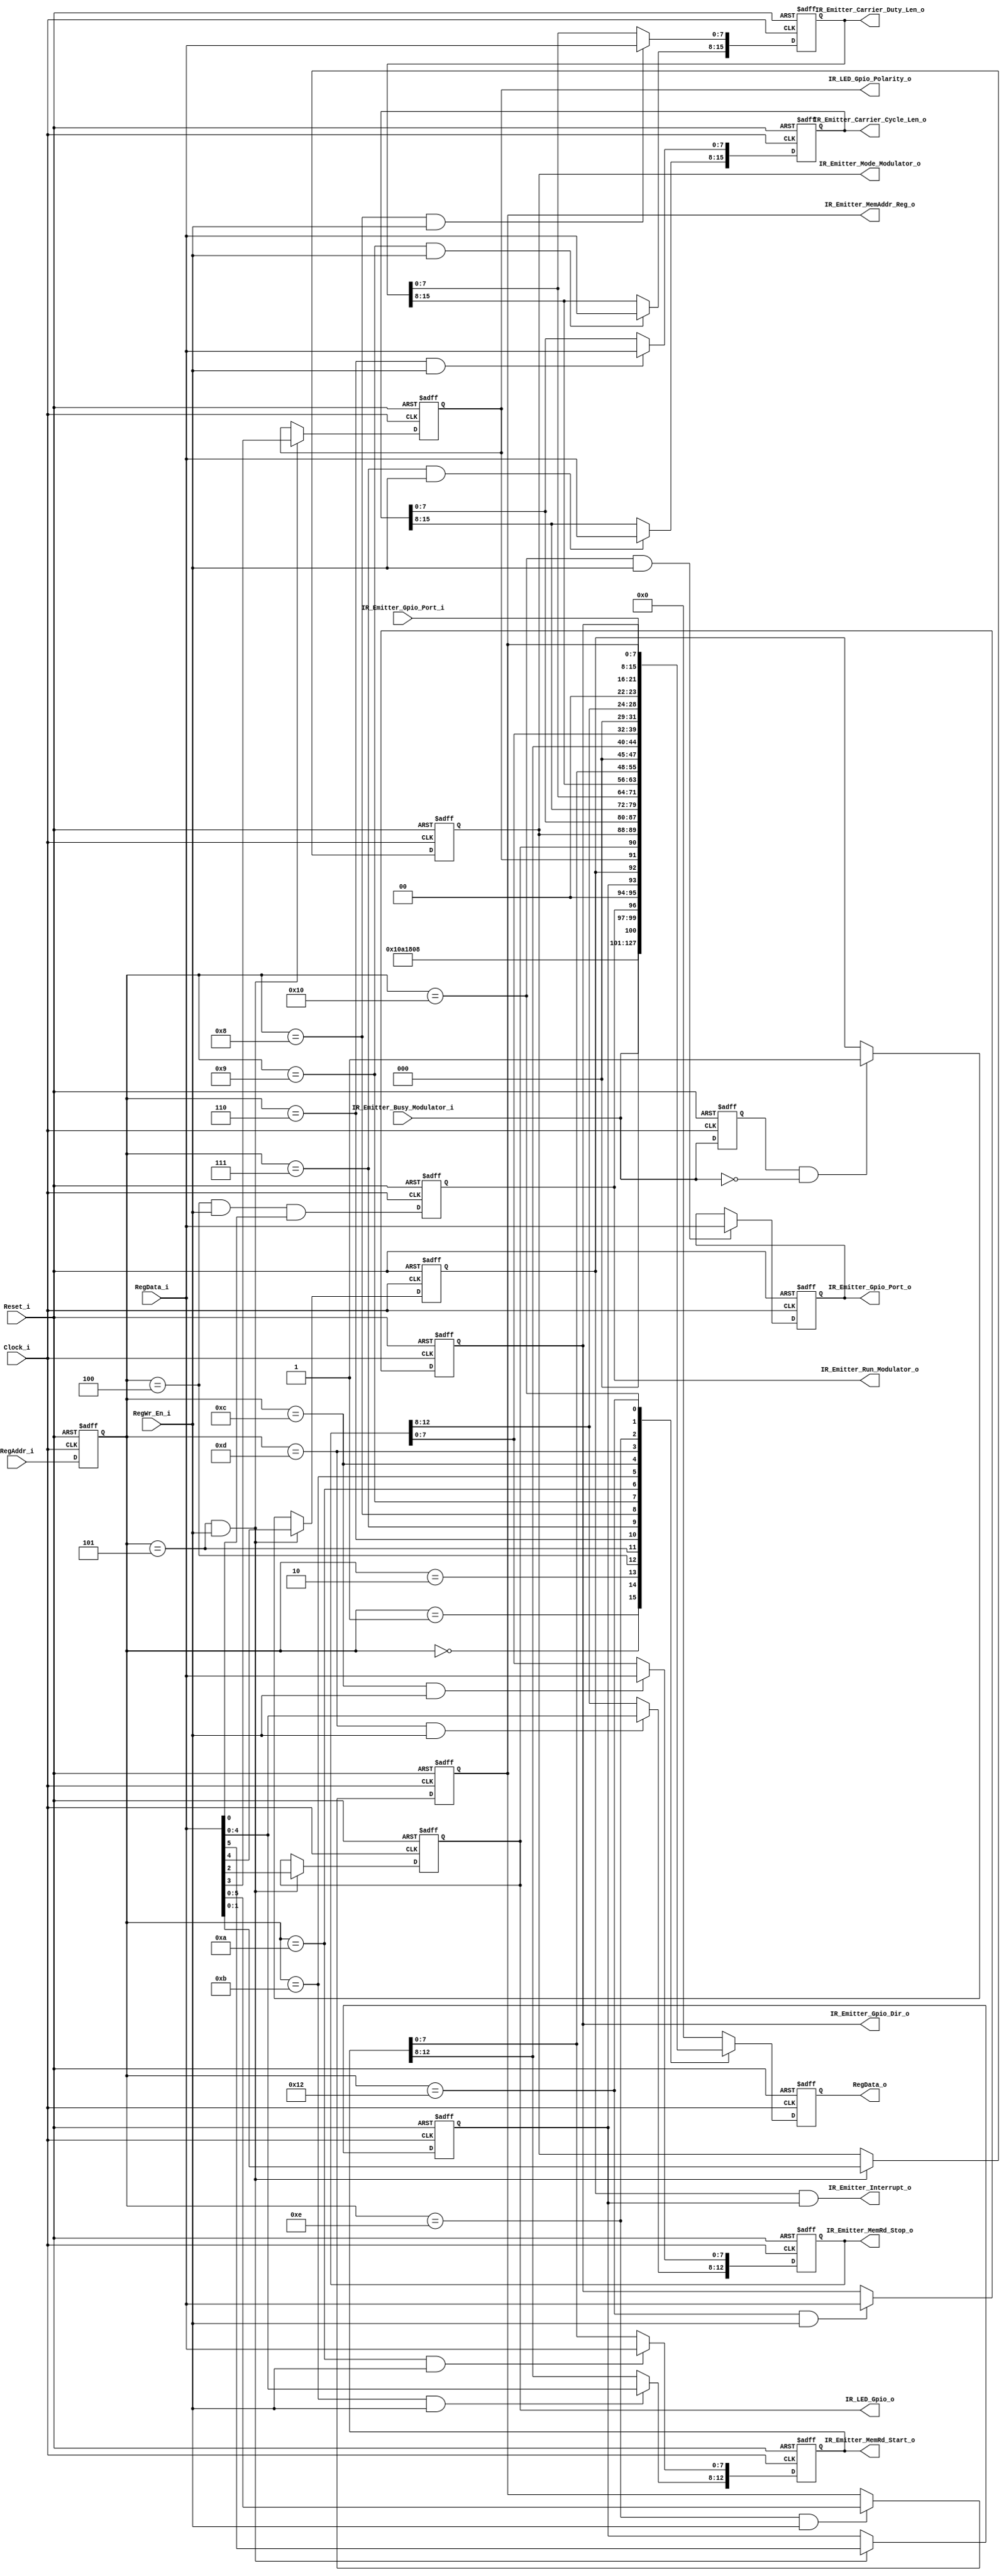
// -----------------------------------------------------------------------------
// title          : IR Emitter Register Module
// project        : IR Hub
// -----------------------------------------------------------------------------
// company        : QuickLogic Corp
// last update    : 2014/02/04
// platform       : PolarPro III
// standard       : Verilog 2001
// -----------------------------------------------------------------------------
// description: The IR Hub provides a way to control an external IR LED to act
//              as an IR TV remote, and as a way to transfer Bar Code
//              information to a Point-Of-Sale termainal.
//
//              This modules provide the registers used to the control the IP.
// -----------------------------------------------------------------------------
// copyright (c) 2014
// -----------------------------------------------------------------------------
// revisions  :
// date            version    author         description
// 2014/02/04      1.0        Glen Gomes     created
// -----------------------------------------------------------------------------
// Comments: This solution is specifically for use with the QuickLogic
//           PolarPro III device.
// -----------------------------------------------------------------------------

`timescale 1ns/10ps

module IR_Emitter_Registers (

                Clock_i,
                Reset_i,

                IR_Emitter_Busy_Modulator_i,

                IR_Emitter_Gpio_Port_i,

		        RegAddr_i,
		        RegData_i,
		        RegWr_En_i,

		        RegData_o,

                IR_Emitter_Run_Modulator_o,
		        IR_Emitter_Mode_Modulator_o,

                IR_Emitter_Carrier_Cycle_Len_o,
                IR_Emitter_Carrier_Duty_Len_o,

		        IR_Emitter_MemRd_Start_o,
		        IR_Emitter_MemRd_Stop_o,

                IR_Emitter_MemAddr_Reg_o,

                IR_LED_Gpio_Polarity_o,
		        IR_LED_Gpio_o,

                IR_Emitter_Gpio_Port_o,
                IR_Emitter_Gpio_Dir_o,

				IR_Emitter_Interrupt_o

                );


//-----Port Parameters-----------------
//

parameter       CARRIER_CYCLE_BITS  = 16;
parameter       CARRIER_DUTY_BITS   = 16;
parameter       HOST_ADR_IN_BITS    =  8;
parameter       HOST_DATA_IN_BITS   =  8;
parameter       HOST_DATA_OUT_BITS  =  8;
parameter       MEM_BLOCK_ADR_BITS  = 10;
parameter       MEM_ADR_BUS_BITS    = 13;
parameter       GPIO_PORT_BITS      =  8;
parameter       GPIO_PORT_VALUE     = 8'h0;
parameter       GPIO_DIR_VALUE      = 8'hFF;
parameter       DEVICE_ID_NUM_L     = 8'h21;
parameter       DEVICE_ID_NUM_H     = 8'h43;
parameter       DEVICE_REV_NUM_L    = 8'h01;
parameter       DEVICE_REV_NUM_H    = 8'h00;

//-----Port Signals--------------------
//

input                            Clock_i;
input                            Reset_i;

input                            IR_Emitter_Busy_Modulator_i;    // IR Emitter Statemachine is busy generating IR waveforms

input       [GPIO_PORT_BITS-1:0] IR_Emitter_Gpio_Port_i;

input     [HOST_ADR_IN_BITS-1:0] RegAddr_i;
input    [HOST_DATA_IN_BITS-1:0] RegData_i;
input                            RegWr_En_i;

output  [HOST_DATA_OUT_BITS-1:0] RegData_o;

output                           IR_Emitter_Run_Modulator_o;     // IR Emitter Statemachine Run Command
output                     [1:0] IR_Emitter_Mode_Modulator_o;    // IR Emitter Statemachine Operating Mode

output  [CARRIER_CYCLE_BITS-1:0] IR_Emitter_Carrier_Cycle_Len_o; // Carrier Generator Cycle Length
output  [ CARRIER_DUTY_BITS-1:0] IR_Emitter_Carrier_Duty_Len_o;  // Carrier Duty      Cycle Length

output    [MEM_ADR_BUS_BITS-1:0] IR_Emitter_MemRd_Start_o;
output    [MEM_ADR_BUS_BITS-1:0] IR_Emitter_MemRd_Stop_o;

output    [MEM_ADR_BUS_BITS-
		   HOST_ADR_IN_BITS  :0] IR_Emitter_MemAddr_Reg_o;

output                           IR_LED_Gpio_Polarity_o;
output                           IR_LED_Gpio_o;                  // IR LED Controlled via "General Purpose I/O"

output      [GPIO_PORT_BITS-1:0] IR_Emitter_Gpio_Port_o;
output      [GPIO_PORT_BITS-1:0] IR_Emitter_Gpio_Dir_o;

output                           IR_Emitter_Interrupt_o;


wire                             Clock_i;
wire                             Reset_i;

wire                             IR_Emitter_Busy_Modulator_i;    // IR Emitter Statemachine is busy generating IR waveforms

wire      [HOST_ADR_IN_BITS-1:0] RegAddr_i;
wire     [HOST_DATA_IN_BITS-1:0] RegData_i;
wire                             RegWr_En_i;

reg     [HOST_DATA_OUT_BITS-1:0] RegData_o;

reg                              IR_Emitter_Run_Modulator_o;     // IR Emitter Statemachine Run Command
reg                        [1:0] IR_Emitter_Mode_Modulator_o;    // IR Emitter Statemachine Operating Mode

reg     [CARRIER_CYCLE_BITS-1:0] IR_Emitter_Carrier_Cycle_Len_o; // Carrier Generator Cycle Length
reg     [ CARRIER_DUTY_BITS-1:0] IR_Emitter_Carrier_Duty_Len_o;  // Carrier Duty      Cycle Length

reg       [MEM_ADR_BUS_BITS-1:0] IR_Emitter_MemRd_Start_o;
reg       [MEM_ADR_BUS_BITS-1:0] IR_Emitter_MemRd_Stop_o;

reg       [MEM_ADR_BUS_BITS-
		   HOST_ADR_IN_BITS  :0] IR_Emitter_MemAddr_Reg_o;

reg                              IR_LED_Gpio_Polarity_o;
reg                              IR_LED_Gpio_o;                  // IR LED Controlled via "General Purpose I/O"

reg         [GPIO_PORT_BITS-1:0] IR_Emitter_Gpio_Port_o;
reg         [GPIO_PORT_BITS-1:0] IR_Emitter_Gpio_Dir_o;

wire                             IR_Emitter_Interrupt_o;


//------Internal Signals-------------------
//

reg       [HOST_ADR_IN_BITS-1:0] RegAddr_i_1ff;

reg     [HOST_DATA_OUT_BITS-1:0] RegData_o_comb;

wire                             command_reg_we_dcd;
wire                             control_reg_we_dcd;

wire                             IR_Emitter_Carrier_Cycle_Len_L_we_dcd;
wire                             IR_Emitter_Carrier_Cycle_Len_H_we_dcd;

wire                             IR_Emitter_Carrier_Duty_Len_L_we_dcd;
wire                             IR_Emitter_Carrier_Duty_Len_H_we_dcd;

wire                             IR_Emitter_MemRd_Start_L_we_dcd;
wire                             IR_Emitter_MemRd_Start_H_we_dcd;

wire                             IR_Emitter_MemRd_Stop_L_we_dcd;
wire                             IR_Emitter_MemRd_Stop_H_we_dcd;

wire                             IR_Emitter_MemAddr_Reg_L_we_dcd;

wire                             IR_Emitter_Gpio_Port_Reg_L_we_dcd;

wire                             IR_Emitter_Gpio_Dir_Reg_L_we_dcd;

reg                              IR_Emitter_Busy_Modulator_i_1ff;

reg                              IR_Emitter_Interrupt;
reg                              IR_Emitter_Interrupt_Enable;


//------Define Parameters------------------
//

// Define the available registers
//
parameter DEVICE_ID_ADR_L                     = 8'h00;  // Read only value
parameter DEVICE_ID_ADR_H                     = 8'h01;  // Read only value

parameter DEVICE_REVISION_ADR_L               = 8'h02;  // Read only value
parameter DEVICE_REVISION_ADR_H               = 8'h03;  // Read only value

parameter IR_EMITTER_COMMAND_REG_ADR          = 8'h04;
parameter IR_EMITTER_CONTROL_REG_ADR          = 8'h05;

parameter IR_EMITTER_CARRIER_CYCLE_LEN_ADR_L  = 8'h06;
parameter IR_EMITTER_CARRIER_CYCLE_LEN_ADR_H  = 8'h07;

parameter IR_EMITTER_CARRIER_DUTY_LEN_ADR_L   = 8'h08;
parameter IR_EMITTER_CARRIER_DUTY_LEN_ADR_H   = 8'h09; 

parameter IR_EMITTER_MEM_READ_START_ADR_L     = 8'h0a;
parameter IR_EMITTER_MEM_READ_START_ADR_H     = 8'h0b;

parameter IR_EMITTER_MEM_READ_STOP_ADR_L      = 8'h0c;
parameter IR_EMITTER_MEM_READ_STOP_ADR_H      = 8'h0d;

parameter IR_EMITTER_MEM_ADDR_REG_ADR_L       = 8'h0e;
parameter IR_EMITTER_MEM_ADDR_REG_ADR_H       = 8'h0f;  // Currently not used

parameter IR_EMITTER_GPIO_PORT_REG_ADR_L      = 8'h10;
parameter IR_EMITTER_GPIO_PORT_REG_ADR_H      = 8'h11;  // Currently not used

parameter IR_EMITTER_GPIO_DIR_REG_ADR_L       = 8'h12;
parameter IR_EMITTER_GPIO_DIR_REG_ADR_H       = 8'h13;  // Currently not used


//------Logic Operations-------------------
//

// Define the Interrupt output
//
// Note: The interrupt state can be read regardless of if the output is enabled.
//
//       The interrupt is "high" true and there is no polarity bit for changing it.
//
assign IR_Emitter_Interrupt_o                 = IR_Emitter_Interrupt & IR_Emitter_Interrupt_Enable;


// Define the register write enables.
//
assign command_reg_we_dcd                     = (RegAddr_i_1ff == IR_EMITTER_COMMAND_REG_ADR)         & RegWr_En_i;
assign control_reg_we_dcd                     = (RegAddr_i_1ff == IR_EMITTER_CONTROL_REG_ADR)         & RegWr_En_i;

assign IR_Emitter_Carrier_Cycle_Len_L_we_dcd  = (RegAddr_i_1ff == IR_EMITTER_CARRIER_CYCLE_LEN_ADR_L) & RegWr_En_i;
assign IR_Emitter_Carrier_Cycle_Len_H_we_dcd  = (RegAddr_i_1ff == IR_EMITTER_CARRIER_CYCLE_LEN_ADR_H) & RegWr_En_i;

assign IR_Emitter_Carrier_Duty_Len_L_we_dcd   = (RegAddr_i_1ff == IR_EMITTER_CARRIER_DUTY_LEN_ADR_L)  & RegWr_En_i;
assign IR_Emitter_Carrier_Duty_Len_H_we_dcd   = (RegAddr_i_1ff == IR_EMITTER_CARRIER_DUTY_LEN_ADR_H)  & RegWr_En_i;

assign IR_Emitter_MemRd_Start_L_we_dcd        = (RegAddr_i_1ff == IR_EMITTER_MEM_READ_START_ADR_L)    & RegWr_En_i;
assign IR_Emitter_MemRd_Start_H_we_dcd        = (RegAddr_i_1ff == IR_EMITTER_MEM_READ_START_ADR_H)    & RegWr_En_i;

assign IR_Emitter_MemRd_Stop_L_we_dcd         = (RegAddr_i_1ff == IR_EMITTER_MEM_READ_STOP_ADR_L)     & RegWr_En_i;
assign IR_Emitter_MemRd_Stop_H_we_dcd         = (RegAddr_i_1ff == IR_EMITTER_MEM_READ_STOP_ADR_H)     & RegWr_En_i;

assign IR_Emitter_MemAddr_Reg_L_we_dcd        = (RegAddr_i_1ff == IR_EMITTER_MEM_ADDR_REG_ADR_L)      & RegWr_En_i;

assign IR_Emitter_Gpio_Port_Reg_L_we_dcd      = (RegAddr_i_1ff == IR_EMITTER_GPIO_PORT_REG_ADR_L)     & RegWr_En_i;
assign IR_Emitter_Gpio_Dir_Reg_L_we_dcd       = (RegAddr_i_1ff == IR_EMITTER_GPIO_DIR_REG_ADR_L)      & RegWr_En_i;


// Define the register read-back logic
//
always @(
        IR_Emitter_Run_Modulator_o      or
        IR_Emitter_Mode_Modulator_o     or
        IR_Emitter_Busy_Modulator_i     or
		IR_LED_Gpio_Polarity_o          or
		IR_LED_Gpio_o                   or
        IR_Emitter_Carrier_Cycle_Len_o  or
        IR_Emitter_Carrier_Duty_Len_o   or
        IR_Emitter_MemRd_Start_o        or
        IR_Emitter_MemRd_Stop_o         or
        IR_Emitter_MemAddr_Reg_o        or
        IR_Emitter_Gpio_Port_i          or
        IR_Emitter_Gpio_Dir_o           or
        IR_Emitter_Interrupt            or
        IR_Emitter_Interrupt_Enable     or
		RegAddr_i_1ff                   or
		RegData_o_comb
        )
begin
    case(RegAddr_i_1ff)
    DEVICE_ID_ADR_L:                    RegData_o_comb <=  DEVICE_ID_NUM_L;
    DEVICE_ID_ADR_H:                    RegData_o_comb <=  DEVICE_ID_NUM_H;

    DEVICE_REVISION_ADR_L:              RegData_o_comb <=  DEVICE_REV_NUM_L;
    DEVICE_REVISION_ADR_H:              RegData_o_comb <=  DEVICE_REV_NUM_H;

    IR_EMITTER_COMMAND_REG_ADR:         RegData_o_comb <= {3'h0, IR_Emitter_Busy_Modulator_i, 3'h0, IR_Emitter_Run_Modulator_o};
    IR_EMITTER_CONTROL_REG_ADR:         RegData_o_comb <= {2'h0, IR_Emitter_Interrupt_Enable, 
			                                                     IR_Emitter_Interrupt, 
																 IR_LED_Gpio_Polarity_o, 
																 IR_LED_Gpio_o, 
																 IR_Emitter_Mode_Modulator_o};

    IR_EMITTER_CARRIER_CYCLE_LEN_ADR_L: RegData_o_comb <= IR_Emitter_Carrier_Cycle_Len_o[HOST_DATA_IN_BITS-1:0];
    IR_EMITTER_CARRIER_CYCLE_LEN_ADR_H: RegData_o_comb <= IR_Emitter_Carrier_Cycle_Len_o[CARRIER_CYCLE_BITS-1:HOST_DATA_IN_BITS];

    IR_EMITTER_CARRIER_DUTY_LEN_ADR_L:  RegData_o_comb <= IR_Emitter_Carrier_Duty_Len_o [HOST_DATA_IN_BITS-1:0];
    IR_EMITTER_CARRIER_DUTY_LEN_ADR_H:  RegData_o_comb <= IR_Emitter_Carrier_Duty_Len_o [CARRIER_DUTY_BITS-1:HOST_DATA_IN_BITS];

    IR_EMITTER_MEM_READ_START_ADR_L:    RegData_o_comb <= IR_Emitter_MemRd_Start_o[HOST_DATA_IN_BITS-1:0];
    IR_EMITTER_MEM_READ_START_ADR_H:    RegData_o_comb <= IR_Emitter_MemRd_Start_o[MEM_ADR_BUS_BITS-1:HOST_DATA_IN_BITS];

    IR_EMITTER_MEM_READ_STOP_ADR_L:     RegData_o_comb <= IR_Emitter_MemRd_Stop_o[HOST_DATA_IN_BITS-1:0];
    IR_EMITTER_MEM_READ_STOP_ADR_H:     RegData_o_comb <= IR_Emitter_MemRd_Stop_o[MEM_ADR_BUS_BITS-1:HOST_DATA_IN_BITS];

    IR_EMITTER_MEM_ADDR_REG_ADR_L:      RegData_o_comb <= {2'h0, IR_Emitter_MemAddr_Reg_o[MEM_ADR_BUS_BITS-HOST_ADR_IN_BITS:0]};

    IR_EMITTER_GPIO_PORT_REG_ADR_L:     RegData_o_comb <= IR_Emitter_Gpio_Port_i[HOST_DATA_IN_BITS-1:0];
    IR_EMITTER_GPIO_DIR_REG_ADR_L:      RegData_o_comb <= IR_Emitter_Gpio_Dir_o[HOST_DATA_IN_BITS-1:0];
	default:                            RegData_o_comb <=  8'h0;
	endcase
end

// Define the IR Emitter's Registers
//
always @(posedge Clock_i or posedge Reset_i) 
begin
    if (Reset_i)
    begin

        RegAddr_i_1ff                      <=  0;
 
        RegData_o                          <=  0;

        IR_Emitter_Run_Modulator_o         <=  1'b0;
        IR_Emitter_Mode_Modulator_o        <=  2'h0;

        IR_Emitter_Carrier_Cycle_Len_o     <=  0;
        IR_Emitter_Carrier_Duty_Len_o      <=  0;

        IR_Emitter_MemRd_Start_o           <=  0;
        IR_Emitter_MemRd_Stop_o            <=  0;

		IR_Emitter_MemAddr_Reg_o           <=  0;

        IR_LED_Gpio_Polarity_o             <=  1'b1;
        IR_LED_Gpio_o                      <=  1'b0;

        IR_Emitter_Gpio_Port_o             <=  GPIO_PORT_VALUE;
        IR_Emitter_Gpio_Dir_o              <=  GPIO_DIR_VALUE;

        IR_Emitter_Busy_Modulator_i_1ff    <=  1'b0;

        IR_Emitter_Interrupt               <=  1'b0;
        IR_Emitter_Interrupt_Enable        <=  1'b0;

    end
    else 
    begin  

        RegAddr_i_1ff                      <= RegAddr_i;
        RegData_o                          <= RegData_o_comb;

        IR_Emitter_Run_Modulator_o         <= command_reg_we_dcd && RegData_i[0];

        if (control_reg_we_dcd)
		begin
            IR_Emitter_Mode_Modulator_o    <= RegData_i[1:0];
            IR_LED_Gpio_o                  <= RegData_i[2];
            IR_LED_Gpio_Polarity_o         <= RegData_i[3];
            IR_Emitter_Interrupt_Enable    <= RegData_i[5];
        end

		// Issue an interrupt at the end of the IR Emitter Sequence.
		//
        if (control_reg_we_dcd)
            IR_Emitter_Interrupt           <= RegData_i[4];
		else if (IR_Emitter_Busy_Modulator_i_1ff && (!IR_Emitter_Busy_Modulator_i))
            IR_Emitter_Interrupt           <= 1'b1;

        IR_Emitter_Busy_Modulator_i_1ff    <=  IR_Emitter_Busy_Modulator_i;


        if (IR_Emitter_Carrier_Cycle_Len_L_we_dcd)
            IR_Emitter_Carrier_Cycle_Len_o[HOST_DATA_IN_BITS-1:0]                  <= RegData_i[HOST_DATA_IN_BITS-1:0];

        if (IR_Emitter_Carrier_Cycle_Len_H_we_dcd)
            IR_Emitter_Carrier_Cycle_Len_o[CARRIER_CYCLE_BITS-1:HOST_DATA_IN_BITS] <= RegData_i[CARRIER_CYCLE_BITS-HOST_DATA_IN_BITS-1:0];

        if (IR_Emitter_Carrier_Duty_Len_L_we_dcd)
            IR_Emitter_Carrier_Duty_Len_o [HOST_DATA_IN_BITS-1:0]                  <= RegData_i[HOST_DATA_IN_BITS-1:0];

        if (IR_Emitter_Carrier_Duty_Len_H_we_dcd)
            IR_Emitter_Carrier_Duty_Len_o [CARRIER_DUTY_BITS-1:HOST_DATA_IN_BITS]  <= RegData_i[CARRIER_DUTY_BITS-HOST_DATA_IN_BITS-1:0];

        if (IR_Emitter_MemRd_Start_L_we_dcd)
            IR_Emitter_MemRd_Start_o      [HOST_DATA_IN_BITS-1:0]                  <= RegData_i[HOST_DATA_IN_BITS-1:0];

        if (IR_Emitter_MemRd_Start_H_we_dcd)
            IR_Emitter_MemRd_Start_o      [MEM_ADR_BUS_BITS-1:HOST_DATA_IN_BITS]   <= RegData_i[MEM_ADR_BUS_BITS-HOST_DATA_IN_BITS-1:0];

        if (IR_Emitter_MemRd_Stop_L_we_dcd)
            IR_Emitter_MemRd_Stop_o       [HOST_DATA_IN_BITS-1:0]                  <= RegData_i[HOST_DATA_IN_BITS-1:0];

        if (IR_Emitter_MemRd_Stop_H_we_dcd)
            IR_Emitter_MemRd_Stop_o       [MEM_ADR_BUS_BITS-1:HOST_DATA_IN_BITS]   <= RegData_i[MEM_ADR_BUS_BITS-HOST_DATA_IN_BITS-1:0];

        if (IR_Emitter_MemAddr_Reg_L_we_dcd)
            IR_Emitter_MemAddr_Reg_o      [MEM_ADR_BUS_BITS-HOST_ADR_IN_BITS:0]    <= RegData_i[MEM_ADR_BUS_BITS-HOST_ADR_IN_BITS:0];

        if (IR_Emitter_Gpio_Port_Reg_L_we_dcd)
            IR_Emitter_Gpio_Port_o        [HOST_DATA_IN_BITS-1:0]                  <= RegData_i[HOST_DATA_IN_BITS-1:0];

        if (IR_Emitter_Gpio_Dir_Reg_L_we_dcd)
            IR_Emitter_Gpio_Dir_o         [HOST_DATA_IN_BITS-1:0]                  <= RegData_i[HOST_DATA_IN_BITS-1:0];

	end
end

//------Instantiate Modules----------------
//



endmodule